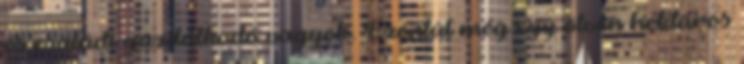
és családi gazdálkodó vagyok. Ezentúl még egy ötven hektáros